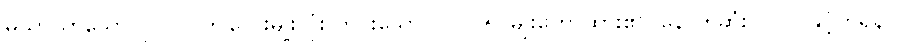
မသာယာသော ပုဂ္ဂိုလ် ဤလေးမျိုးလုံး ကင်းသောပုဂ္ဂိုလ် ၅-မျိုးဟောထား၏။ နောက်ဆုံး ပုဂ္ဂိုလ်နှင့်တူရန်။